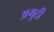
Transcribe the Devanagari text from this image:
अगुठी